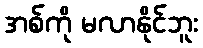
အစ်ကို မလာနိုင်ဘူး